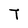
Character: T